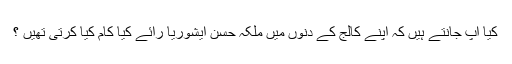
کیا آپ جانتے ہیں کہ اپنے کالج کے دنوں میں ملکہ حسن ایشوریا رائے کیا کام کیا کرتی تھیں ؟